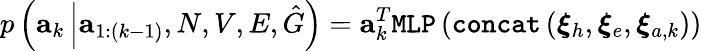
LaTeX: p\left(\mathbf{a}_{k}\left|\mathbf{a}_{1:(k-1)},N,V,E,\hat{G}\right.\right)=\mathbf{a}_{k}^{T}\texttt{MLP}\left(\texttt{concat}\left(\boldsymbol{\xi}_{h},\boldsymbol{\xi}_{e},\boldsymbol{\xi}_{a,k}\right)\right)